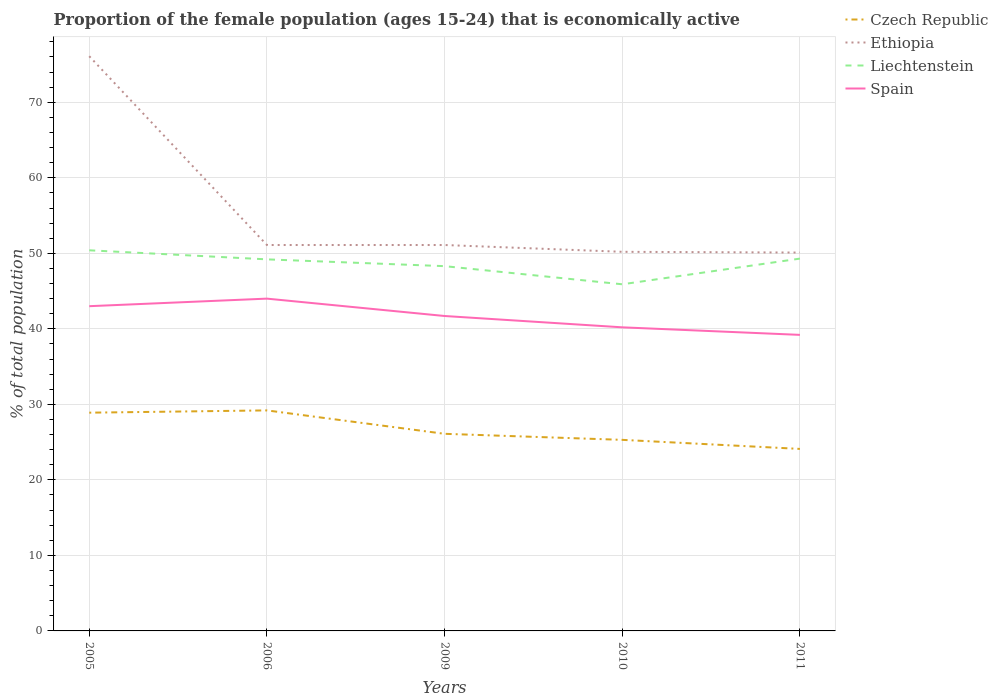
| Years | Czech Republic | Ethiopia | Liechtenstein | Spain |
 | --- | --- | --- | --- | --- |
 | 2005 | 28.9 | 76.1 | 50.4 | 43 |
 | 2006 | 29.2 | 51.1 | 49.2 | 44 |
 | 2009 | 26.1 | 51.1 | 48.3 | 41.7 |
 | 2010 | 25.3 | 50.2 | 45.9 | 40.2 |
 | 2011 | 24.1 | 50.1 | 49.3 | 39.2 |